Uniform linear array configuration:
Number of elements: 4
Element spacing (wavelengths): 0.5
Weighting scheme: hann
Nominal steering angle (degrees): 60
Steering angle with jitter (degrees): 59.085
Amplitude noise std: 0.05
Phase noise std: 0.05

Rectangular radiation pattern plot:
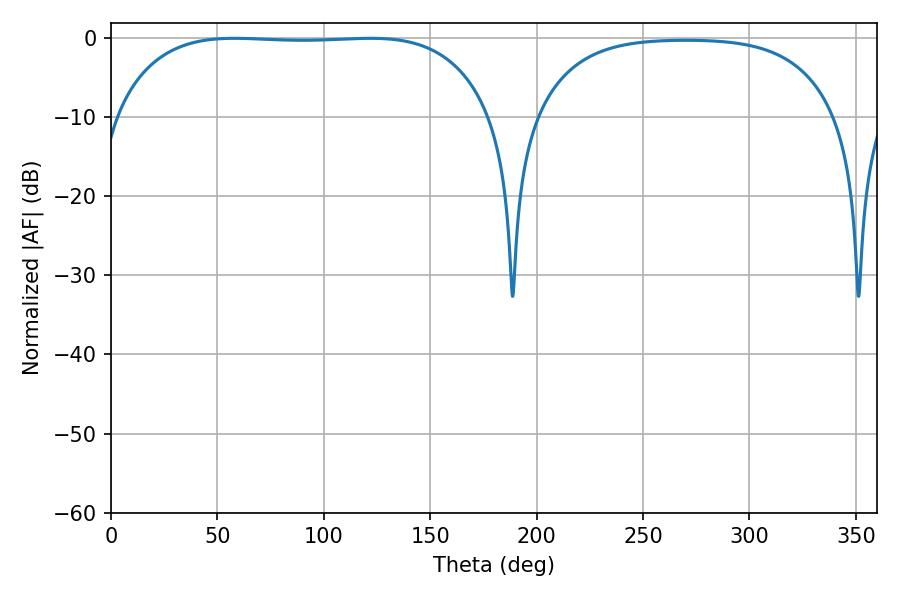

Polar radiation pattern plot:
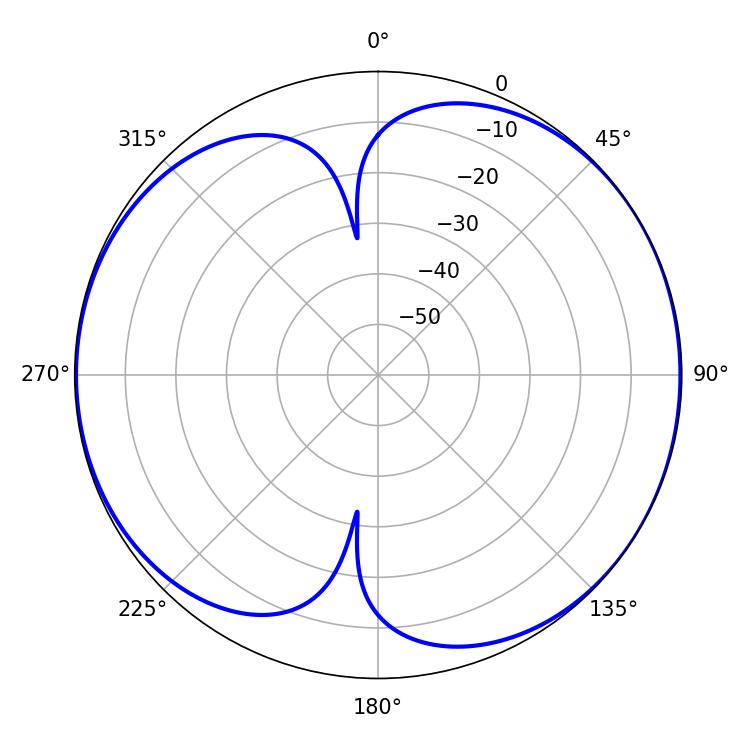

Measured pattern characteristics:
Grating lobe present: FALSE
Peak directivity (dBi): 6.884
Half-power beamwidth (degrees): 138.96
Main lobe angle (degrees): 57.96